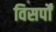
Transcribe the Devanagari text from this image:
विसर्पों